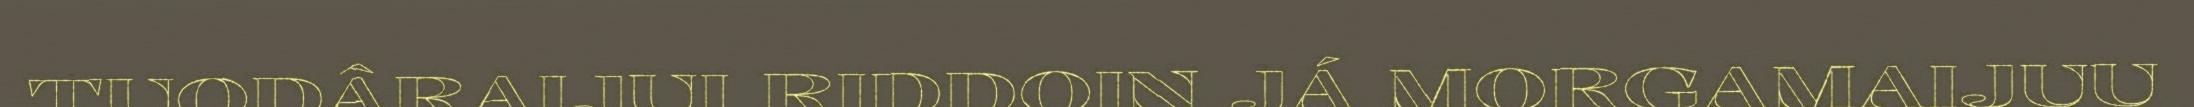
TUODÂRAIJUI RIDDOIN JÁ MORGAMAIJUU